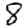
Digit: 8